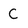
Character: C